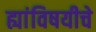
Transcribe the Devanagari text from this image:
ह्यांविषयीचे